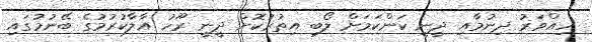
ހިއްވަރު ދިނުމާއި ދީނީ ކަންކަމަށް ލޯބި އިތުރުކޮށް ދީނީ ރޫހު އާލާކުރުމުގެ ބޭނުމުގައި